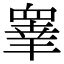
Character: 𭿓